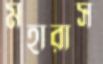
মহারাস